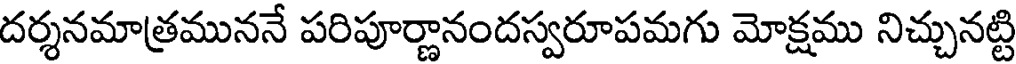
దర్శనమాత్రముననే పరిపూర్ణానందస్వరూపమగు మోక్షము నిచ్చునట్టి